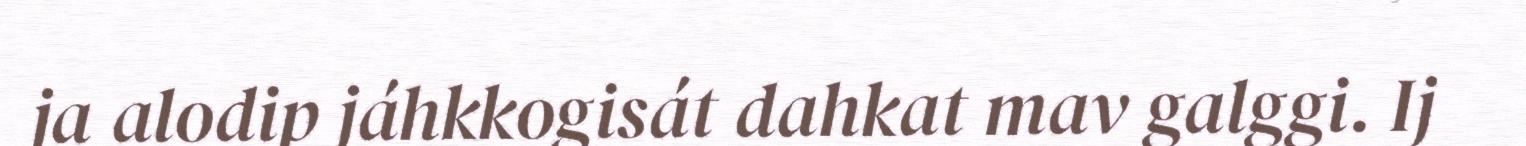
ja alodip jáhkkogisát dahkat mav galggi. Ij